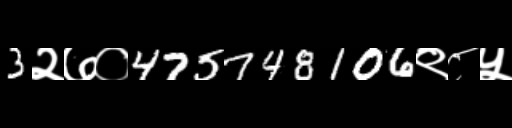
Text: 3२७०475748106९८५